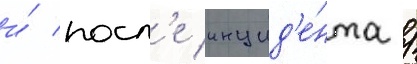
и́ посл'е инцид'е́нта /